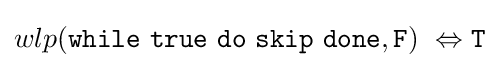
wlp({\texttt {while}}\ {\texttt {true}}\ {\texttt {do}}\ {\texttt {skip}}\ {\texttt {done}},{\texttt {F}})\ \Leftrightarrow {\texttt {T}}